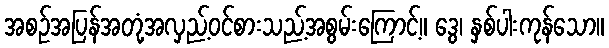
အစဉ်အပြန်အတုံ့အလှည့်ဝင်စားသည့်အစွမ်းကြောင့်။ ဒွေ၊ နှစ်ပါးကုန်သော။